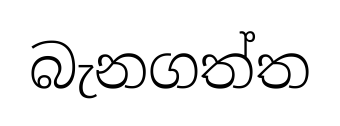
බැනගත්ත